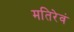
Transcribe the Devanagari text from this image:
मतिरेवं